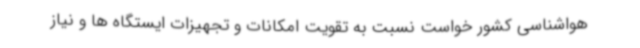
هواشناسی کشور خواست نسبت به تقویت امکانات و تجهیزات ایستگاه ها و نیاز